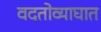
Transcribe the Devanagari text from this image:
वदतोव्याघात